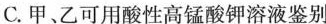
C. 甲、乙可用酸性高锰酸钾溶液鉴别